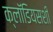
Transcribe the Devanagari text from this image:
क्लॉडियसशी